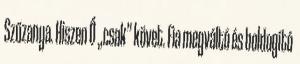
Szűzanya. Hiszen Ő „csak” követ. Fia megváltó és boldogító